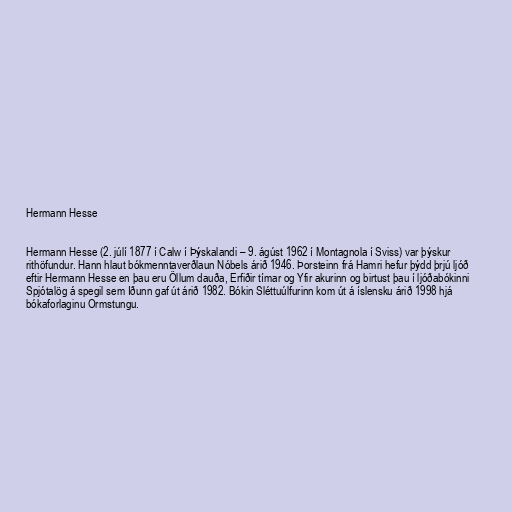
Hermann Hesse

Hermann Hesse (2. júlí 1877 í Calw í Þýskalandi – 9. ágúst 1962 í Montagnola í Sviss) var þýskur
rithöfundur. Hann hlaut bókmenntaverðlaun Nóbels árið 1946. Þorsteinn frá Hamri hefur þýdd þrjú ljóð
eftir Hermann Hesse en þau eru Öllum dauða, Erfiðir tímar og Yfir akurinn og birtust þau í ljóðabókinni
Spjótalög á spegil sem Iðunn gaf út árið 1982. Bókin Sléttuúlfurinn kom út á íslensku árið 1998 hjá
bókaforlaginu Ormstungu.